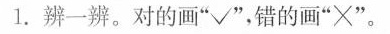
1.辨一辨。对的画”√”，错的画”×”。